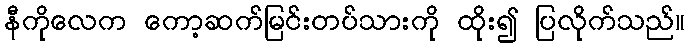
နီကိုလေက ကော့ဆက်မြင်းတပ်သားကို ထိုး၍ ပြလိုက်သည်။